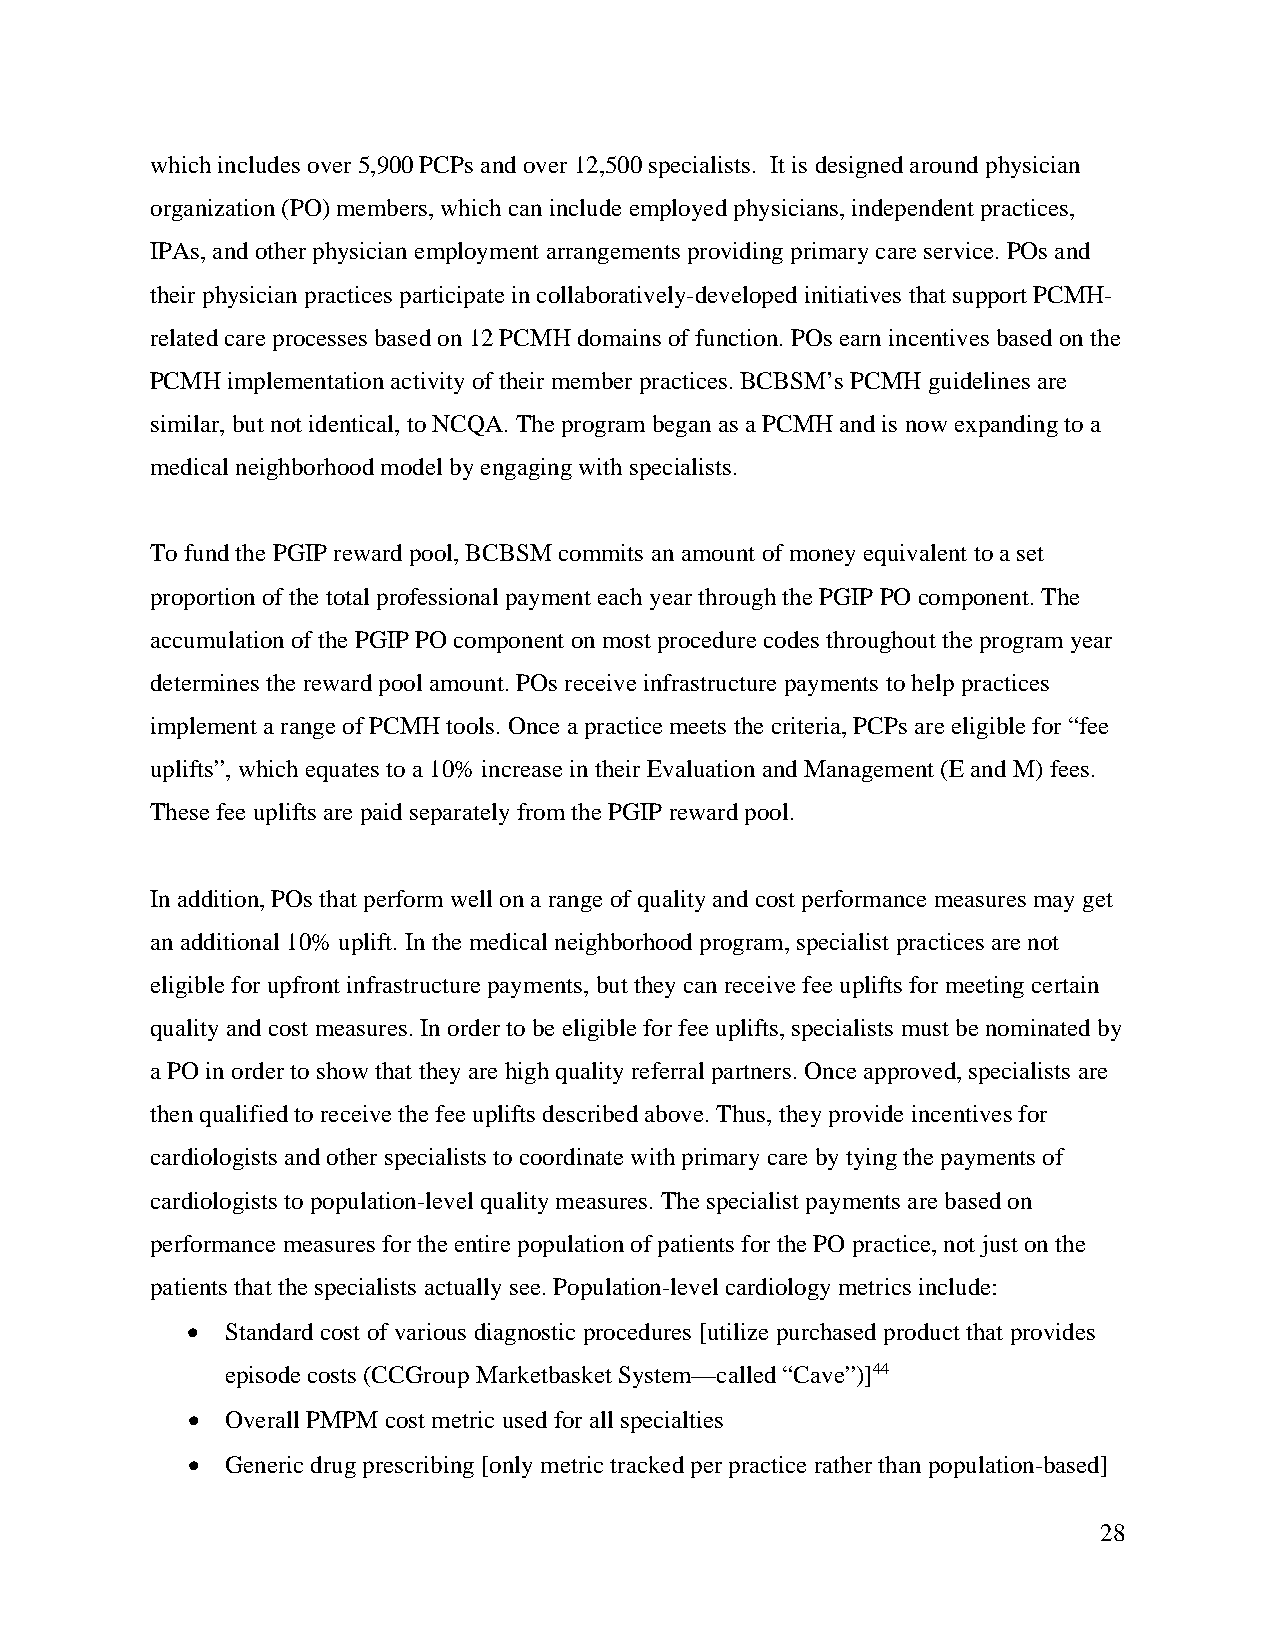
which includes over 5,900 PCPs and over 12,500 specialists. It is designed around physician
 organization (PO) members, which can include employed physicians, independent practices,
 IPAs, and other physician employment arrangements providing primary care service. POs and
 their physician practices participate in collaboratively-developed initiatives that support PCMH-
 related care processes based on 12 PCMH domains of function. POs earn incentives based on the
 PCMH implementation activity of their member practices. BCBSM’s PCMH guidelines are
 similar, but not identical, to NCQA. The program began as a PCMH and is now expanding to a
 medical neighborhood model by engaging with specialists.
 To fund the PGIP reward pool, BCBSM commits an amount of money equivalent to a set
 proportion of the total professional payment each year through the PGIP PO component. The
 accumulation of the PGIP PO component on most procedure codes throughout the program year
 determines the reward pool amount. POs receive infrastructure payments to help practices
 implement a range of PCMH tools. Once a practice meets the criteria, PCPs are eligible for “fee
 uplifts”, which equates to a 10% increase in their Evaluation and Management (E and M) fees.
 These fee uplifts are paid separately from the PGIP reward pool.
 In addition, POs that perform well on a range of quality and cost performance measures may get
 an additional 10% uplift. In the medical neighborhood program, specialist practices are not
 eligible for upfront infrastructure payments, but they can receive fee uplifts for meeting certain
 quality and cost measures. In order to be eligible for fee uplifts, specialists must be nominated by
 a PO in order to show that they are high quality referral partners. Once approved, specialists are
 then qualified to receive the fee uplifts described above. Thus, they provide incentives for
 cardiologists and other specialists to coordinate with primary care by tying the payments of
 cardiologists to population-level quality measures. The specialist payments are based on
 performance measures for the entire population of patients for the PO practice, not just on the
 patients that the specialists actually see. Population-level cardiology metrics include:
 •  Standard cost of various diagnostic procedures [utilize purchased product that provides
 episode costs (CCGroup Marketbasket System—called “Cave”)]44
 •  Overall PMPM cost metric used for all specialties
 •  Generic drug prescribing [only metric tracked per practice rather than population-based]
 28